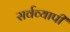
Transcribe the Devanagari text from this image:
सर्वव्‍यापी